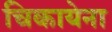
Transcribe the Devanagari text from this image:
चिकायेना